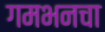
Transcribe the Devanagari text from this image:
गमभनचा